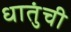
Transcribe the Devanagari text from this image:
धातुंची